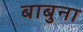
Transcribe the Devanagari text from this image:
बाबुना